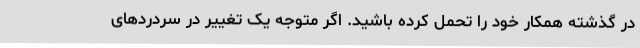
در گذشته همکار خود را تحمل کرده باشید. اگر متوجه یک تغییر در سردردهای